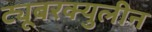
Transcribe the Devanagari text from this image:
ट्यूबरक्युलीन